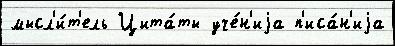
мысл'и́т'ель Цита́ты уче́н'иjа п'иса́н'иjа